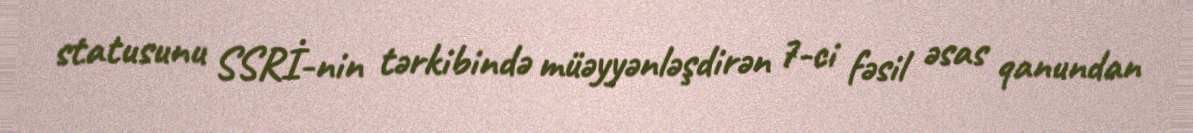
statusunu SSRİ-nin tərkibində müəyyənləşdirən 7-ci fəsil əsas qanundan